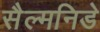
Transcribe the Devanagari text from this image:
सैल्मनिडे